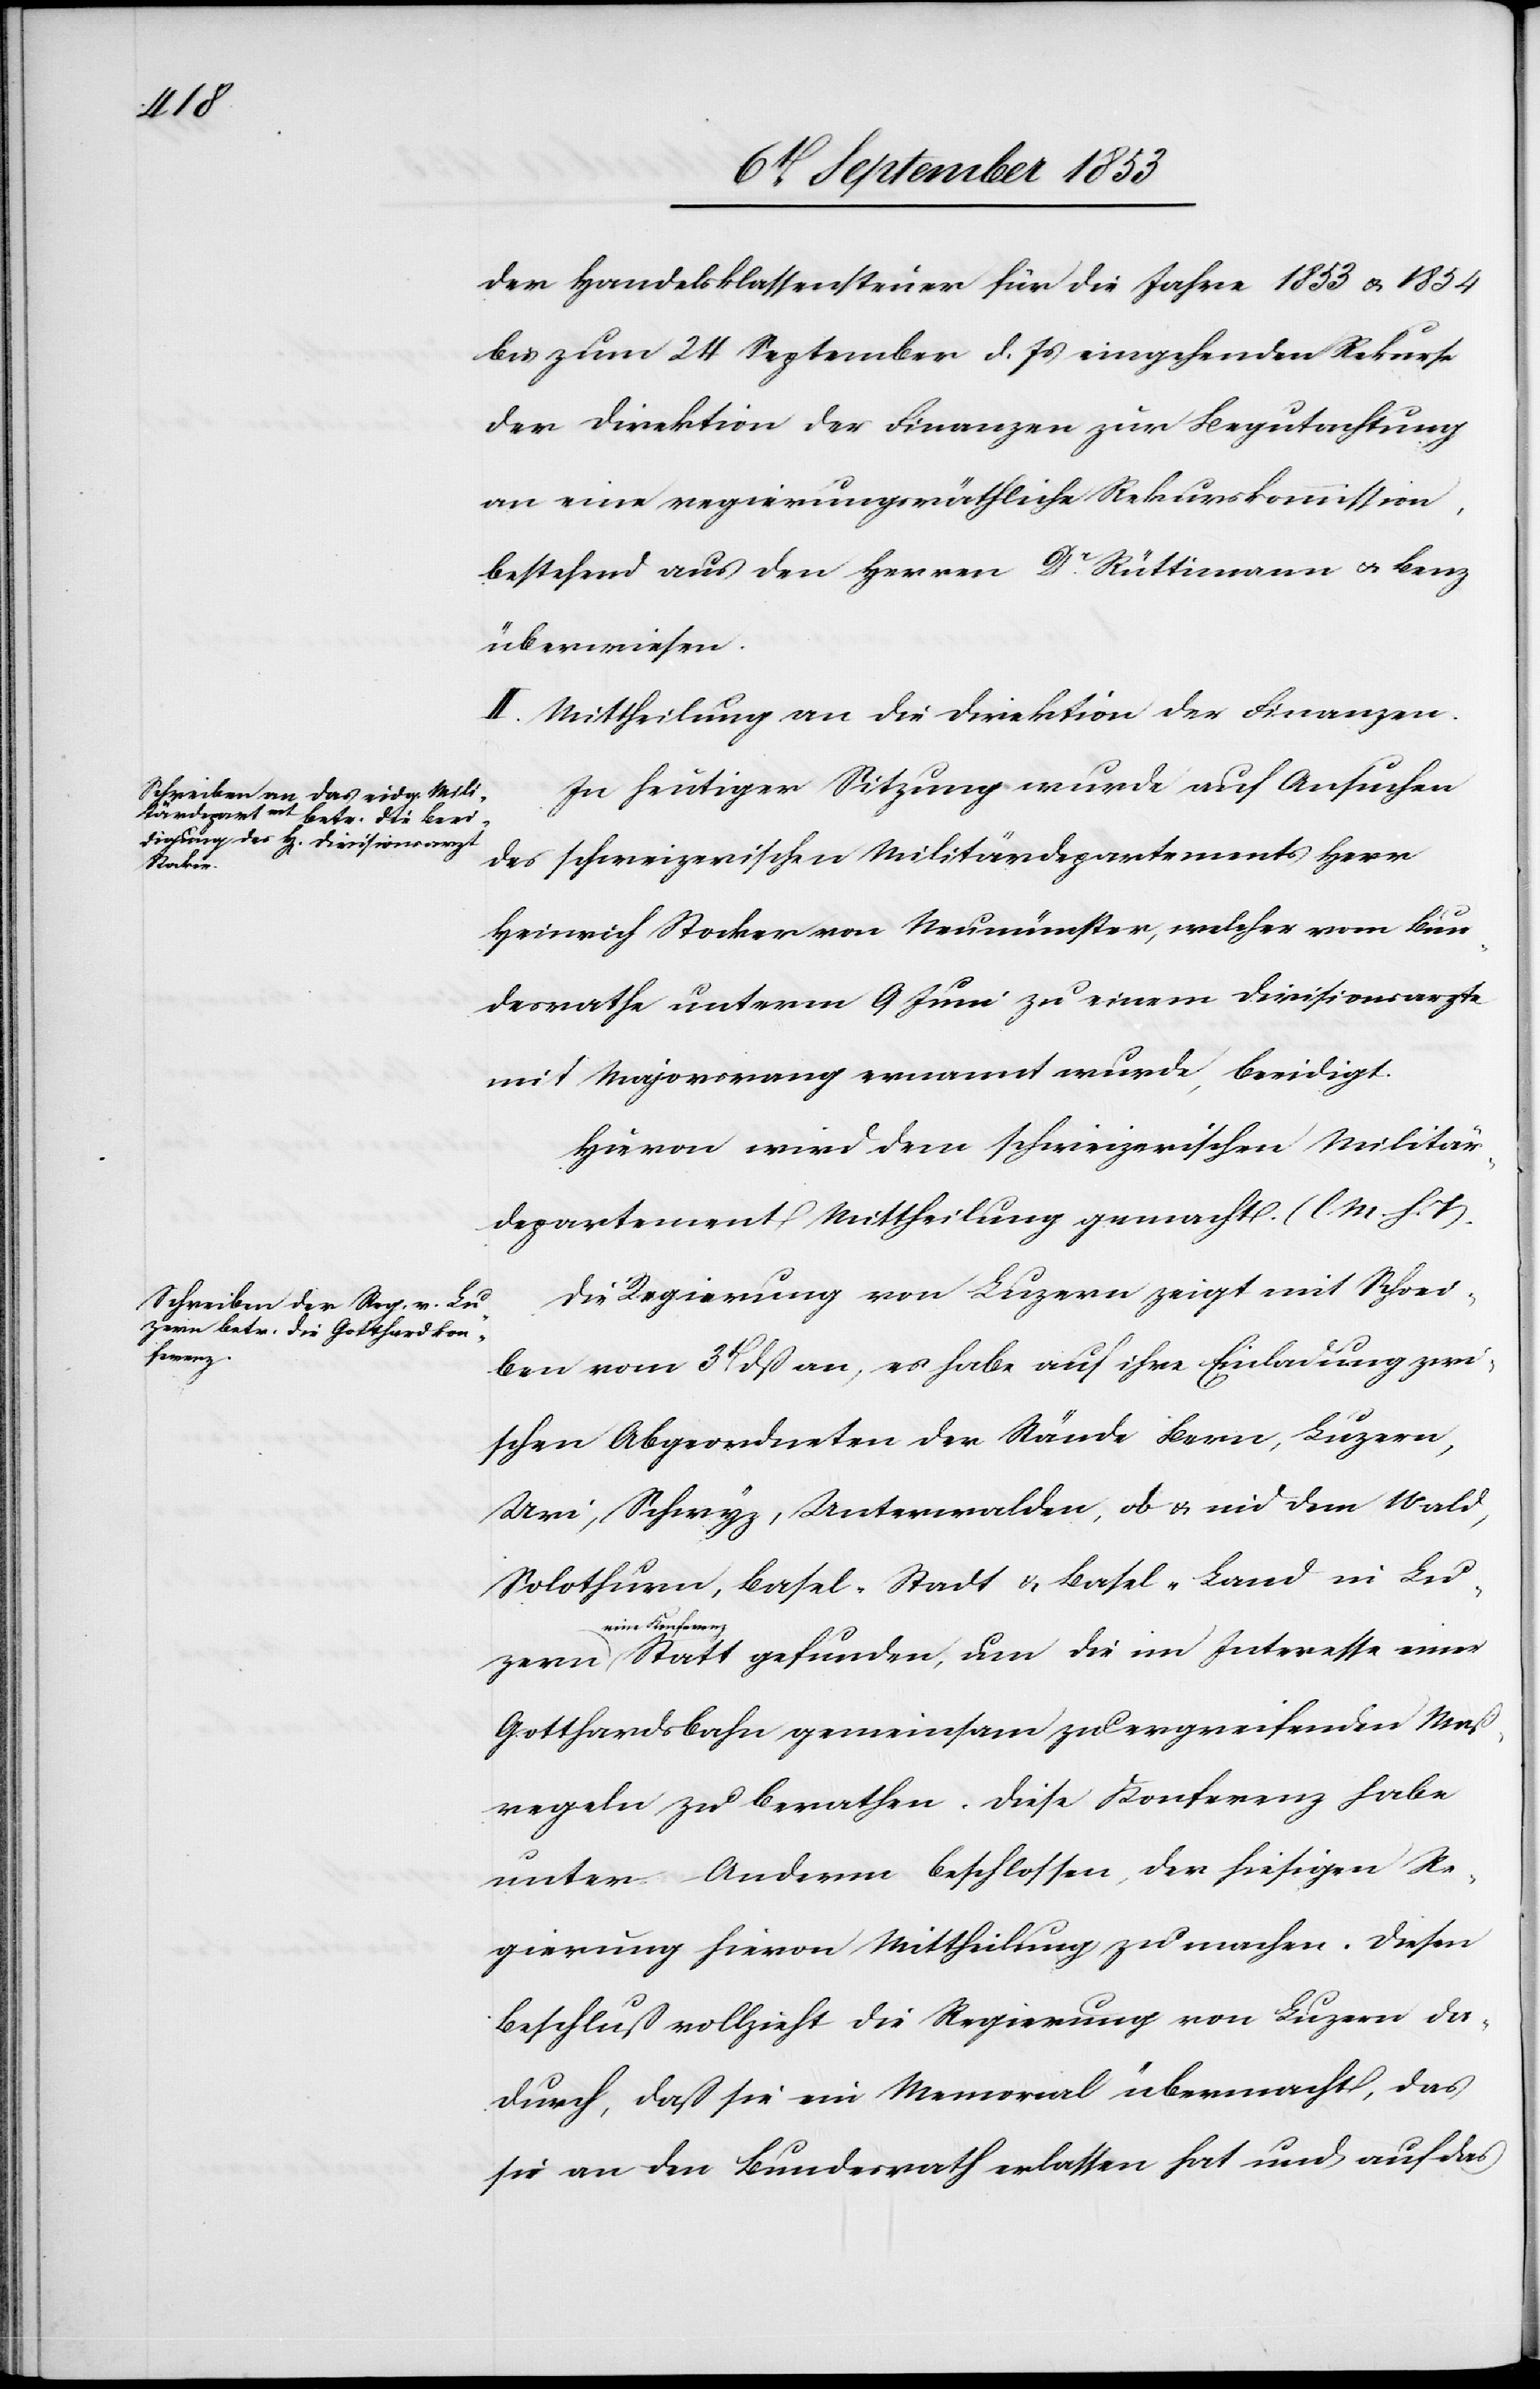
der Handelsklassensteuer für die Jahre 1853 u. 1854
bis zum 24 September d. Js. eingehenden Rekurse
der Direktion der Finanzen zur Begutachtung
an eine regierungsräthliche Rekurskommission,
bestehend aus den Herrn Dr Rüttimann u. Benz
überwiesen.
II. Mittheilung an die Direktion der Finanzen.
In heutiger Sitzung wurde auf Ansuchen
des schweizerischen Militärdepartements Herr
Heinrich Stocker von Neumünster, welcher vom Bun¬
desrathe unterm 9 Juni zu einem Divsionsarzte
mit Majorrang ernannt wurde, beeidigt.
Hievon wird dem schweizerischen Militär¬
departement Mittheilung gemacht. [l. M. h. T]
Die Regierung von Luzern zeigt mit Schrei¬
ben vom 3t dß an, es habe auf ihre Einladung zwi¬
schen Abgeordneten der Stände Bern, Luzern,
Uri, Schwyz, Unterwalden, ob u. nid dem Wald,
Solothurn, Basel-Stadt u. Basel-Land in Luzern
eine Konferen¬
z Statt gefunden, um die im Interesse einer
Gotthardbahn gemeinsam zu ergreifenden Maß¬
regeln zu berathen. Diese Konferenz habe
unter Anderm beschlossen, der hiesigen Re¬
gierung hievon Mittheilung zu machen. Diesen
Beschluß vollzieht die Regierung von Luzern da¬
durch, daß sie ein Memorial übermacht, das
sie an den Bundesrath erlassen hat und auf das